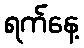
ရက်နေ့